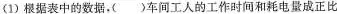
(1)根据表中的数据。( )车间工人的工作时间和耗电量成正比